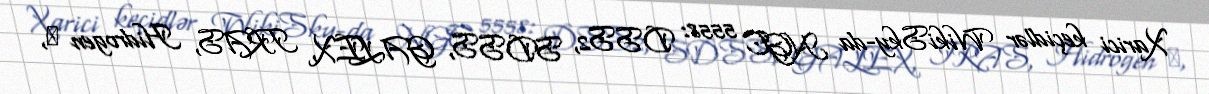
Xarici keçidlər WikiSky-da NGC 5558: DSS2, SDSS, GALEX, IRAS, Hidrogen α,